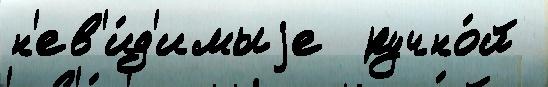
н'ев'и́д'имыjе  ручно́й